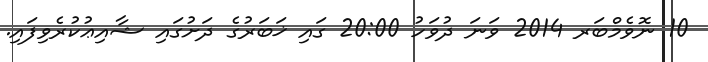
10 ނޮވެމްބަރ 2014 ވަނަ ދުވަހު 20:00 ގައި ޚަބަރުގެ ދަށުގައި ޝާއިޢުކުރެވިފައި.